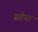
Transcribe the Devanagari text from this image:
सहेगा